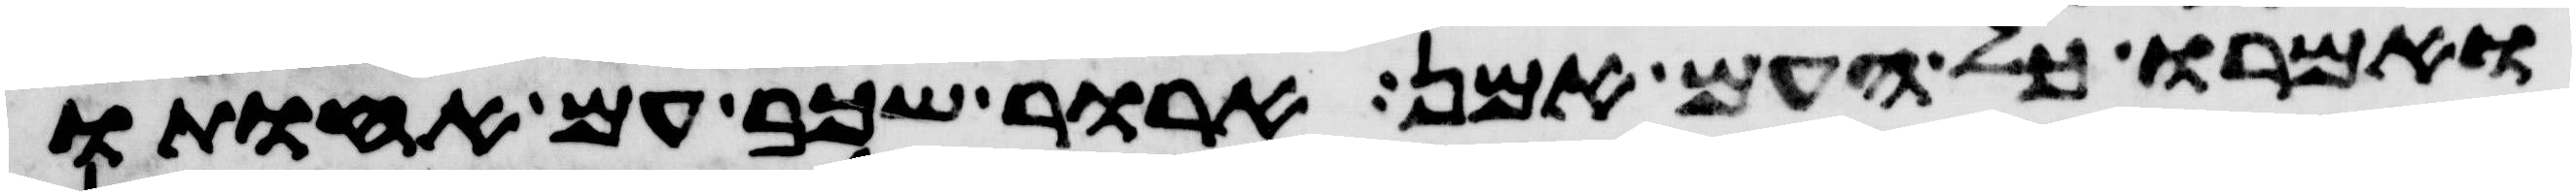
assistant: ואמרו כל העם אמן ארור שכב עם אחותו